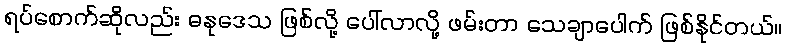
ရပ်စောက်ဆိုလည်း ဓနုဒေသ ဖြစ်လို့ ပေါ်လာလို့ ဖမ်းတာ သေချာပေါက် ဖြစ်နိုင်တယ်။